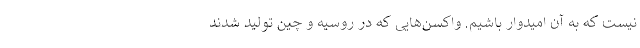
نیست که به آن امیدوار باشیم. واکسن‌هایی که در روسیه و چین تولید شدند